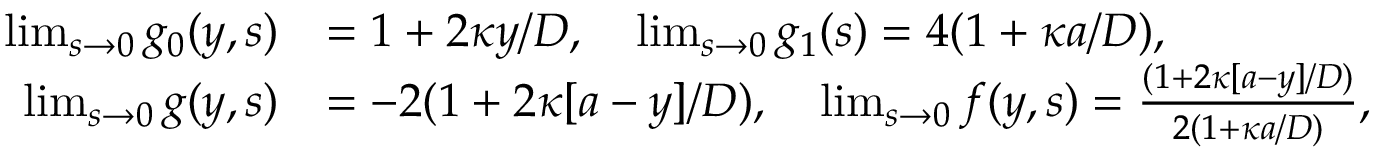
\begin{array} { r l } { \operatorname* { l i m } _ { s \rightarrow 0 } g _ { 0 } ( y , s ) } & { = 1 + 2 \kappa y / D , \quad \operatorname* { l i m } _ { s \rightarrow 0 } g _ { 1 } ( s ) = 4 ( 1 + \kappa a / D ) , } \\ { \operatorname* { l i m } _ { s \rightarrow 0 } g ( y , s ) } & { = - 2 ( 1 + 2 \kappa [ a - y ] / D ) , \quad \operatorname* { l i m } _ { s \rightarrow 0 } f ( y , s ) = \frac { ( 1 + 2 \kappa [ a - y ] / D ) } { 2 ( 1 + \kappa a / D ) } , } \end{array}